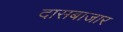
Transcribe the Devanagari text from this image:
दासबाजार